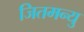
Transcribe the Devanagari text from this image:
जितमन्यु